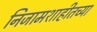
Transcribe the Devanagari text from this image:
निजामशाहीतच्या